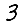
Digit: 3